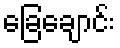
ခြေချောင်း